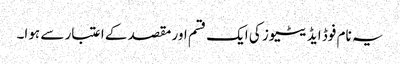
یہ نام فوڈ ایڈیٹیوز کی ایک قسم اور مقصد کے اعتبار سے ہوا۔